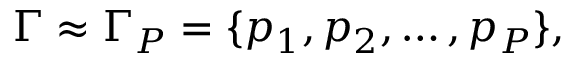
\Gamma \approx \Gamma _ { P } = \{ p _ { 1 } , p _ { 2 } , \dots , p _ { P } \} ,